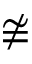
\ncong